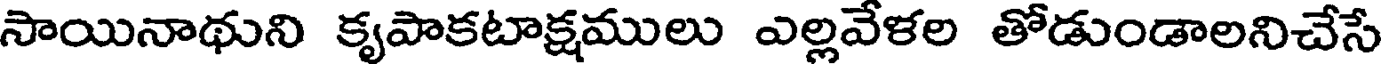
సాయినాథుని కృపాకటాక్షములు ఎల్లవేళల తోడుండాలనిచేసే